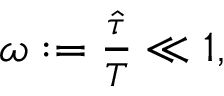
\begin{array} { r } { \omega : = \frac { \hat { \tau } } { T } \ll 1 , } \end{array}